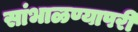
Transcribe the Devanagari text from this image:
सांभाळण्यापरी